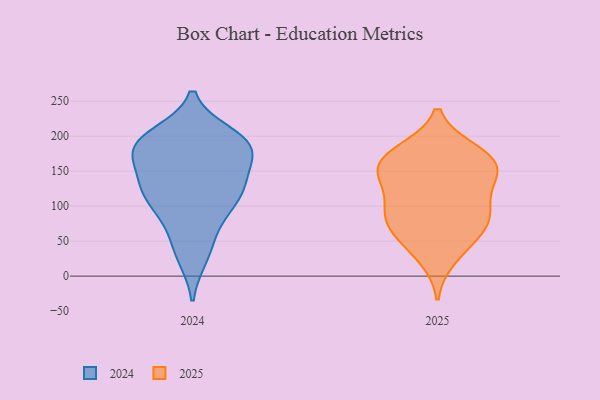
{"axis": {"x": "Temperature (°C)", "y": "Value"}, "legend": ["2024", "2025"], "data": [{"x": "", "y": 200, "type": "2024"}, {"x": "", "y": 139, "type": "2024"}, {"x": "", "y": 183, "type": "2024"}, {"x": "", "y": 121, "type": "2024"}, {"x": "", "y": 184, "type": "2024"}, {"x": "", "y": 125, "type": "2024"}, {"x": "", "y": 134, "type": "2024"}, {"x": "", "y": 192, "type": "2024"}, {"x": "", "y": 93, "type": "2024"}, {"x": "", "y": 178, "type": "2024"}, {"x": "", "y": 186, "type": "2024"}, {"x": "", "y": 109, "type": "2024"}, {"x": "", "y": 121, "type": "2024"}, {"x": "", "y": 39, "type": "2024"}, {"x": "", "y": 29, "type": "2024"}, {"x": "", "y": 190, "type": "2024"}, {"x": "", "y": 73, "type": "2024"}, {"x": "", "y": 180, "type": "2024"}, {"x": "", "y": 144, "type": "2025"}, {"x": "", "y": 108, "type": "2025"}, {"x": "", "y": 169, "type": "2025"}, {"x": "", "y": 154, "type": "2025"}, {"x": "", "y": 86, "type": "2025"}, {"x": "", "y": 88, "type": "2025"}, {"x": "", "y": 89, "type": "2025"}, {"x": "", "y": 139, "type": "2025"}, {"x": "", "y": 163, "type": "2025"}, {"x": "", "y": 178, "type": "2025"}, {"x": "", "y": 141, "type": "2025"}, {"x": "", "y": 179, "type": "2025"}, {"x": "", "y": 79, "type": "2025"}, {"x": "", "y": 26, "type": "2025"}, {"x": "", "y": 55, "type": "2025"}, {"x": "", "y": 53, "type": "2025"}]}